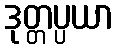
ဒုတ္တပ္ပယာ